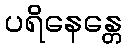
ပရိနေန္တေ